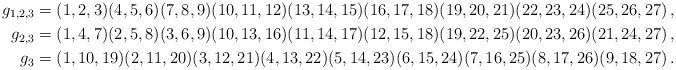
LaTeX: \begin{align*}g_{1,2,3}&=(1,2,3)(4,5,6)(7,8,9)(10,11,12)(13,14,15)(16,17,18)(19,20,21)(22,23,24)(25,26,27)\,,\\g_{2,3}&=(1,4,7)(2,5,8)(3,6,9)(10,13,16)(11,14,17)(12,15,18)(19,22,25)(20,23,26)(21,24,27)\,,\\g_3&=(1,10,19)(2,11,20)(3,12,21)(4,13,22)(5,14,23)(6,15,24)(7,16,25)(8,17,26)(9,18,27)\,.\end{align*}